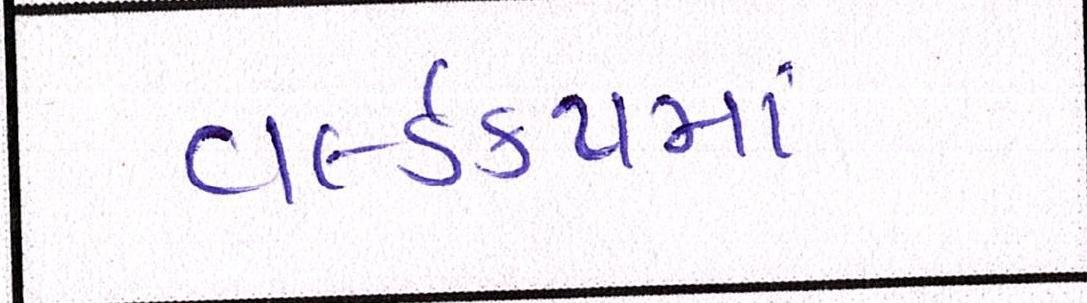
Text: વર્લ્ડકપમાં